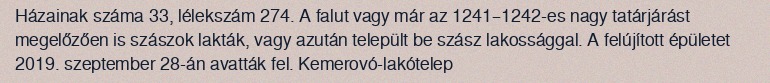
Házainak száma 33, lélekszám 274. A falut vagy már az 1241–1242-es nagy tatárjárást megelőzően is szászok lakták, vagy azután települt be szász lakossággal. A felújított épületet 2019. szeptember 28-án avatták fel. Kemerovó-lakótelep